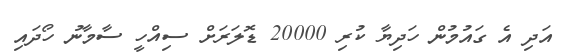
އަދި އެ ގައުމުން ހަދިޔާ ކުރި 20000 ޑޮލަރަށް ސިއްހީ ސާމާނު ހޯދައި